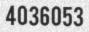
4036053